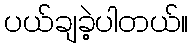
ပယ်ချခဲ့ပါတယ်။